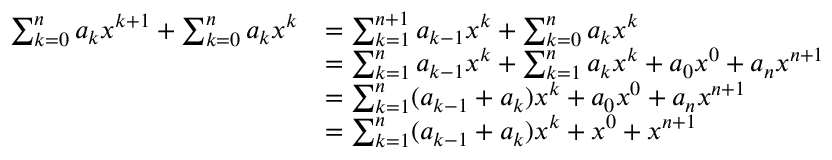
{ \begin{array} { r l } { \sum _ { k = 0 } ^ { n } a _ { k } x ^ { k + 1 } + \sum _ { k = 0 } ^ { n } a _ { k } x ^ { k } } & { = \sum _ { k = 1 } ^ { n + 1 } a _ { k - 1 } x ^ { k } + \sum _ { k = 0 } ^ { n } a _ { k } x ^ { k } } \\ & { = \sum _ { k = 1 } ^ { n } a _ { k - 1 } x ^ { k } + \sum _ { k = 1 } ^ { n } a _ { k } x ^ { k } + a _ { 0 } x ^ { 0 } + a _ { n } x ^ { n + 1 } } \\ & { = \sum _ { k = 1 } ^ { n } ( a _ { k - 1 } + a _ { k } ) x ^ { k } + a _ { 0 } x ^ { 0 } + a _ { n } x ^ { n + 1 } } \\ & { = \sum _ { k = 1 } ^ { n } ( a _ { k - 1 } + a _ { k } ) x ^ { k } + x ^ { 0 } + x ^ { n + 1 } } \end{array} }